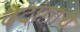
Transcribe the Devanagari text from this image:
वेदांगाचे